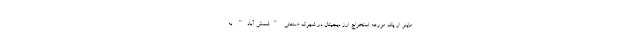
ماینر از یک مزرعه استخراج ارز دیجیتال در شهرک صنعتی "شمش آباد" به